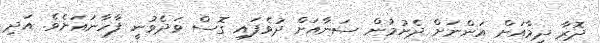
ދޮރާ ދިމާއަށް އަންނަށް ދެށުމުން ސަނާއަށް ދުވެފައި ގޮސް ވަދެވުނީ ފާހާނައަށެވެ. އަދި